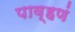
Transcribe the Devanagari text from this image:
पाव्हणं